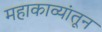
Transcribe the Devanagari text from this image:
महाकाव्यांतून